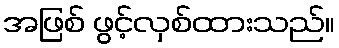
အဖြစ် ဖွင့်လှစ်ထားသည်။